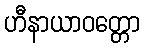
ဟီနာယာဝတ္တော